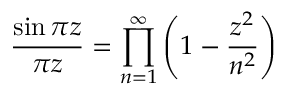
{ \frac { \sin \pi z } { \pi z } } = \prod _ { n = 1 } ^ { \infty } \left( 1 - { \frac { z ^ { 2 } } { n ^ { 2 } } } \right)